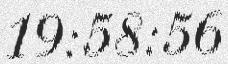
19:58:56